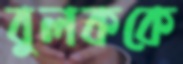
বুলককে